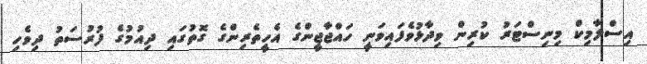
އިސްލާމިކް މިނިސްޓަރު ކުރިން ވިދާޅުވެފައިވަނީ ހައްޖާޖީންގެ އެހީތެރިންގެ ގޮތުގައި ދިއުމުގެ ފުރުސަތު ދިވެހި